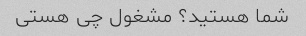
شما هستید؟ مشغول چی هستی